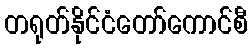
တရုတ်နိုင်ငံတော်ကောင်စီ